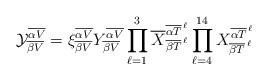
LaTeX: \begin{align*}{\cal Y}^{\overline {\alpha V}}_{\overline {\beta V}}= \xi^{\overline {\alpha V}}_{\overline {\beta V}} Y^{\overline {\alpha V}}_{\overline {\beta V}} \prod_{\ell=1}^3 {\overline X}^ {{\overline {\alpha T}}^{\,\ell}}_{{\overline {\beta T}}^{\, \ell}} \prod_{\ell=4}^{14} X^{{\overline {\alpha T}}^{{\,\ell}}}_{{\overline {\beta T}}^{{\, \ell}}}\end{align*}